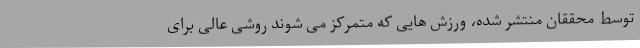
توسط محققان منتشر شده، ورزش هایی که متمرکز می شوند روشی عالی برای